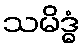
သမိဒ္ဓံ